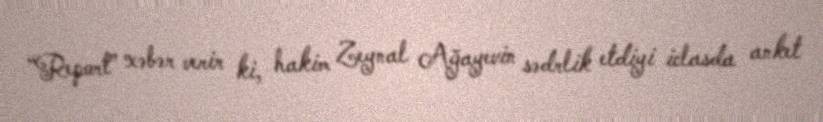
“Report” xəbər verir ki, hakim Zeynal Ağayevin sədrlik etdiyi iclasda anket